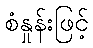
စံနှုန်းဖြင့်